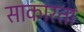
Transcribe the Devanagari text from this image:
साकारता